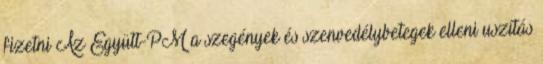
fizetni Az Együtt-PM a szegények és szenvedélybetegek elleni uszítás